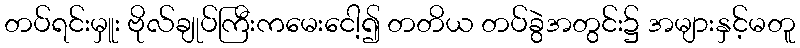
တပ်ရင်းမှူး ဗိုလ်ချုပ်ကြီးကမေးငေါ့၍ တတိယ တပ်ခွဲအတွင်း၌ အများနှင့်မတူ